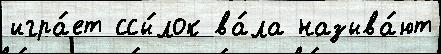
игра́ет ссы́лок ва́ла называ́ют